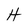
Character: H